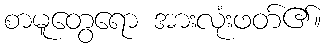
စာမူတွေရော အားလုံးဖတ်၏။